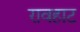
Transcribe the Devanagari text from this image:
रावहाट